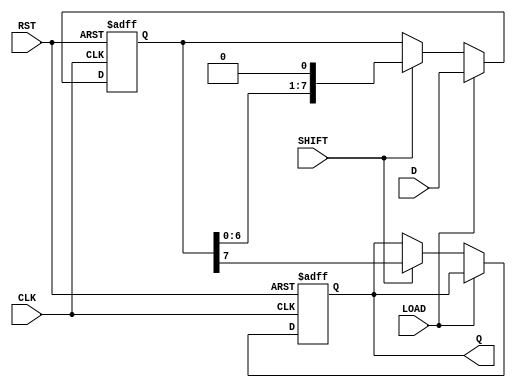
module PISO_Register #(
    parameter N = 8  // Width of the register
)(
    input  wire [N-1:0] D,      // Parallel Data Input
    input  wire LOAD,            // Load Control Signal
    input  wire SHIFT,           // Shift Control Signal
    input  wire CLK,             // Clock Signal
    input  wire RST,             // Asynchronous Reset Signal
    output reg  Q                // Serial Output
);

    reg [N-1:0] shift_reg;       // Internal shift register

    always @(posedge CLK or posedge RST) begin
        if (RST) begin
            shift_reg <= {N{1'b0}}; // Clear the register on reset
            Q <= 1'b0;              // Clear the output on reset
        end else begin
            if (LOAD) begin
                shift_reg <= D;     // Load parallel data into the shift register
            end else if (SHIFT) begin
                Q <= shift_reg[N-1]; // Output the MSB
                shift_reg <= {shift_reg[N-2:0], 1'b0}; // Shift left
            end
        end
    end

endmodule